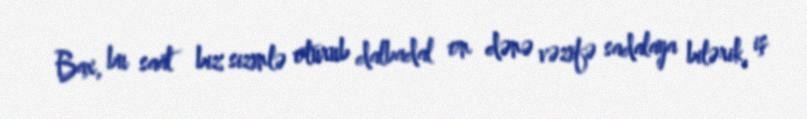
Bax, bu saat biz sizinlə oturub dalbadal on dənə vəzifə sadalaya bilərik, iş